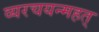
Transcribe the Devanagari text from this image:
व्यरचयन्महत्